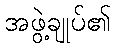
အဖွဲ့ချုပ်၏